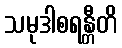
သမုဒါစရန္တီတိ